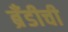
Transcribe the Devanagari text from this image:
ब्रँडीची